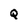
Character: Q